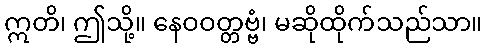
ဣတိ၊ ဤသို့။ နေဝဝတ္တဗ္ဗံ၊ မဆိုထိုက်သည်သာ။